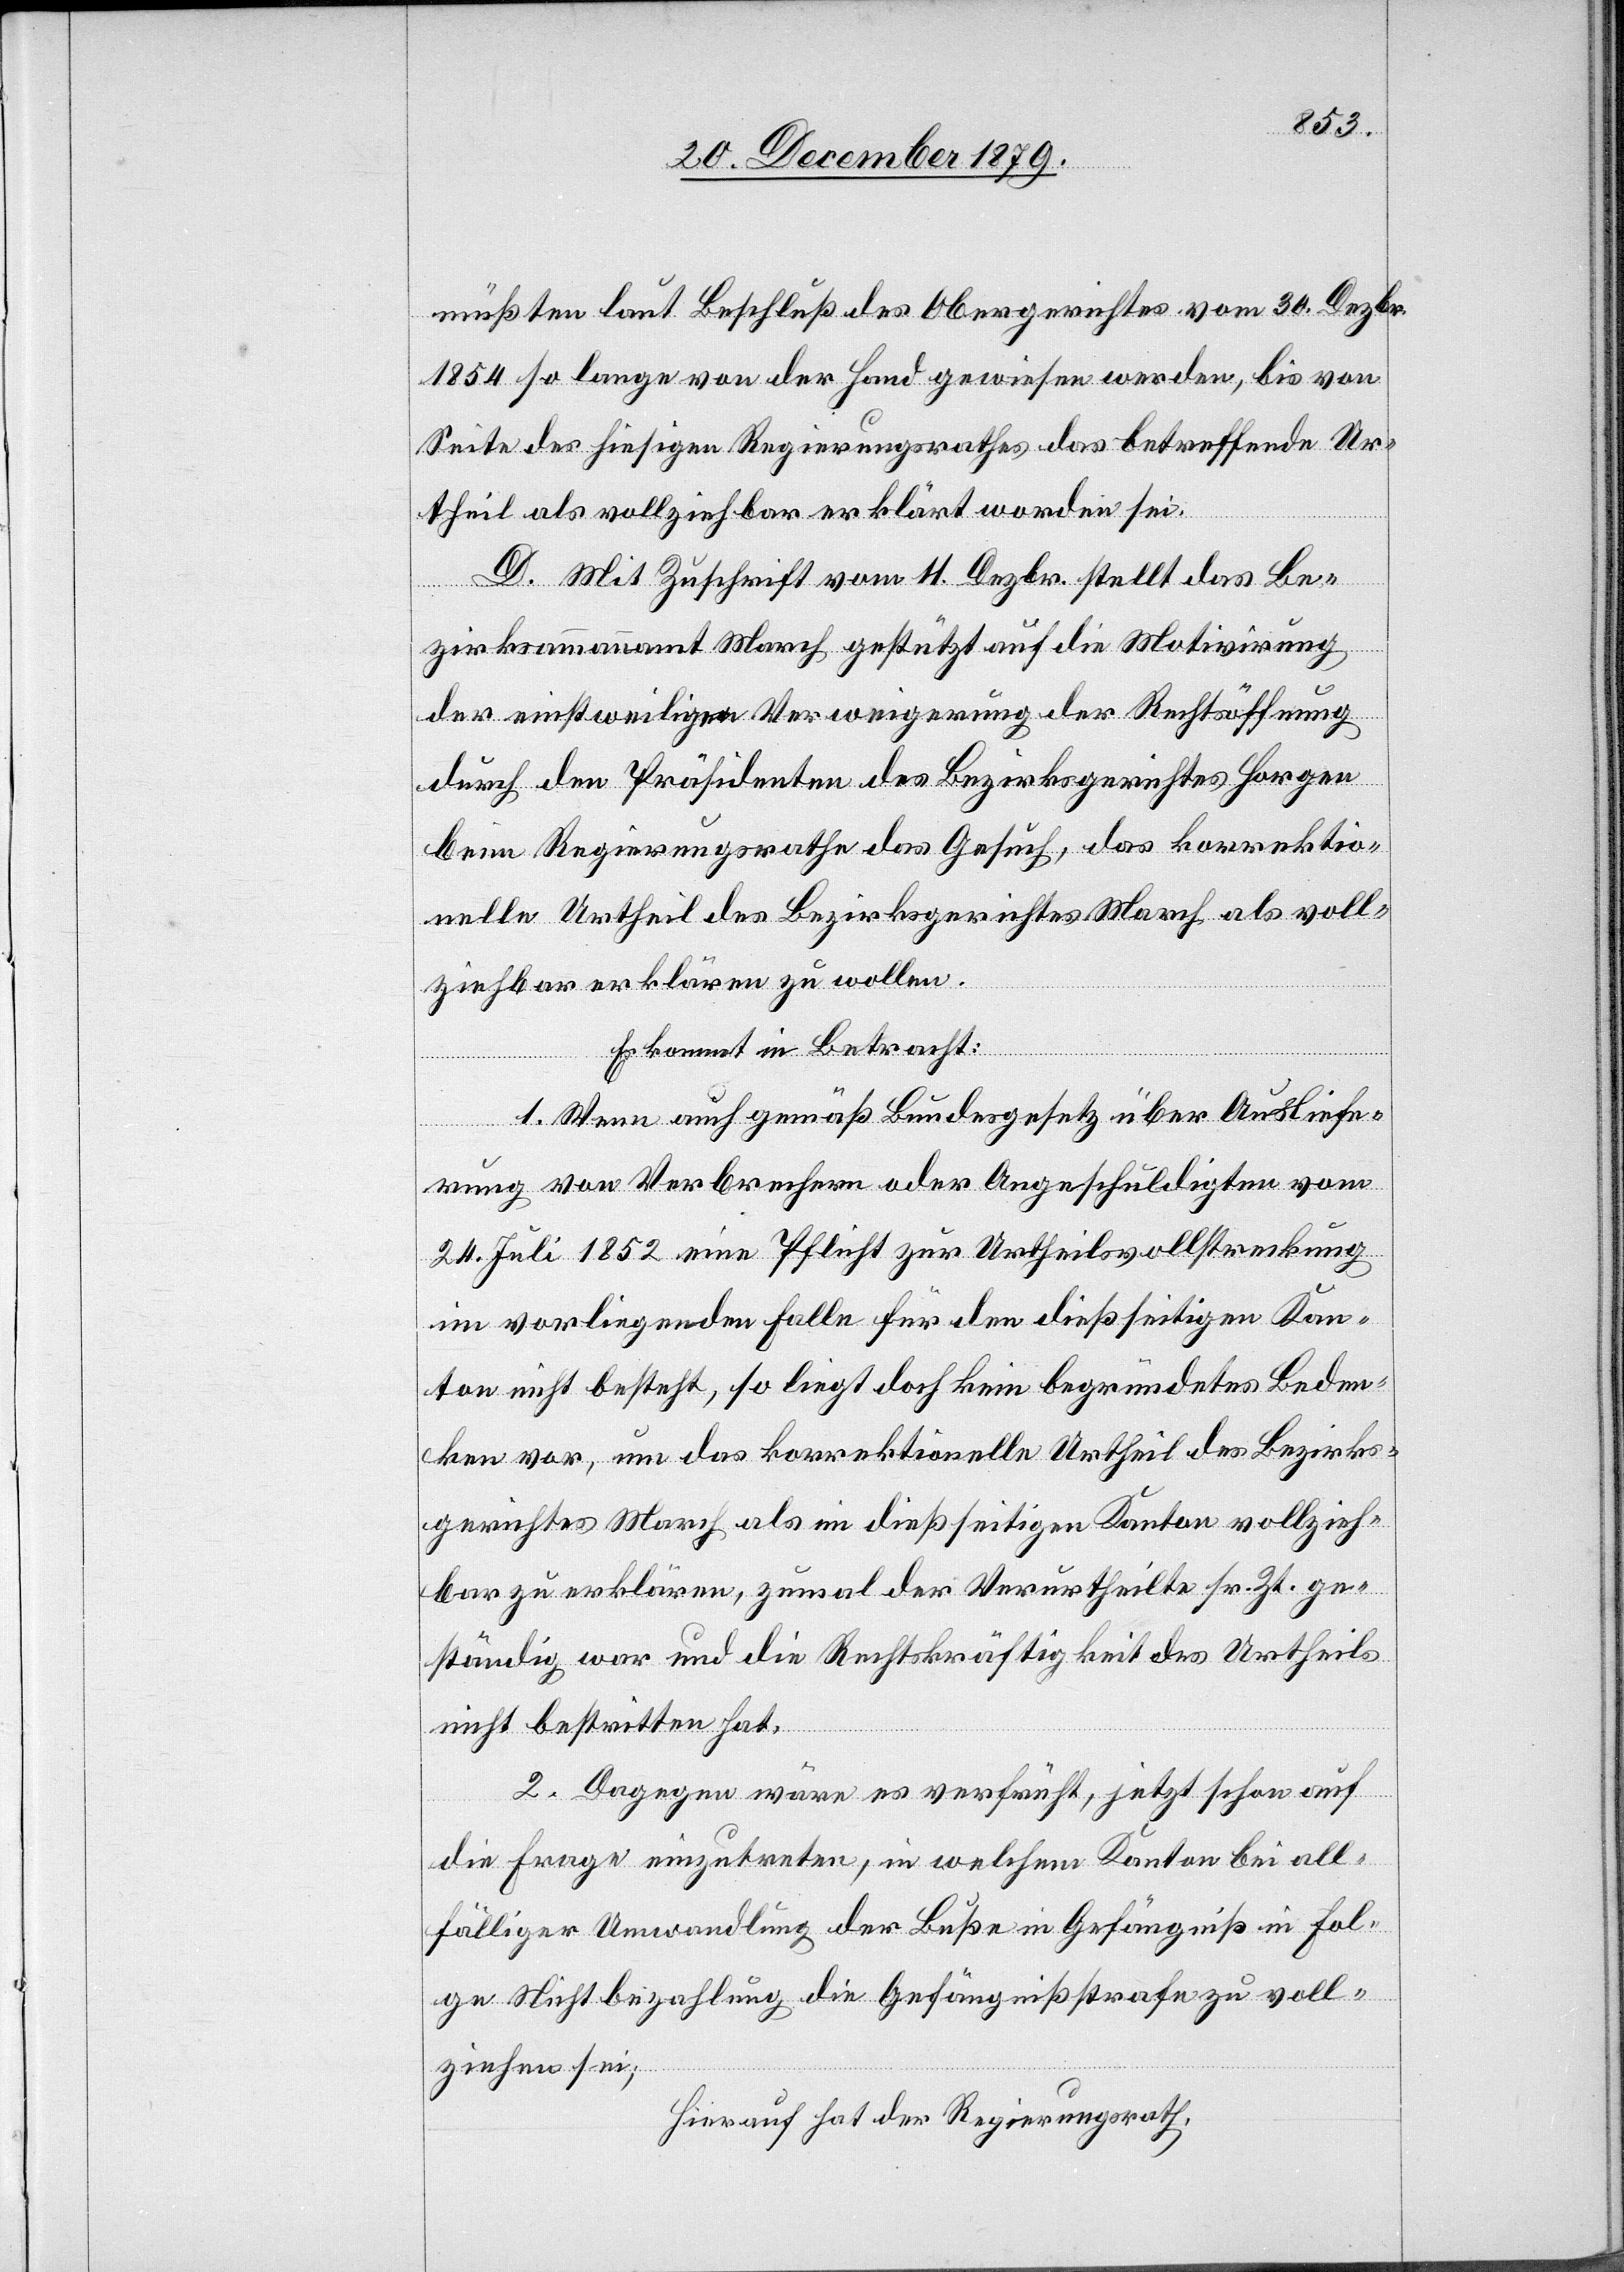
müßten laut Beschluß des Obergerichtes vom 30. Dezbr.
1854 so lange von der Hand gewiesen werden, bis von
Seite des hiesigen Regierungsrathes das betreffende Ur¬
theil als vollziehbar erklärt worden sei.
D. Mit Zuschrift vom 11. Dezbr. stellt das Be¬
zirksammannamt March gestützt auf die Motivirung
der einstweiligen Verweigerung der Rechtsöffnung
durch den Präsidenten des Bezirksgerichtes Horgen
beim Regierungsrathe das Gesuch, das korrektio¬
nelle Urtheil des Bezirksgerichtes March als voll¬
ziehbar erklären zu wollen.
Es kommt in Betracht:
1. Wenn auch gemäß Bundesgesetz über Ausliefe¬
rung von Verbrechern oder Angeschuldigten vom
24. Juli 1852 eine Pflicht zur Urtheilsvollstreckung
im vorliegenden Falle für den dießseitigen Kan¬
ton nicht besteht, so liegt doch kein begründetes Beden¬
ken vor, um das korrektionelle Urtheil des Bezirks¬
gerichtes March als im dießseitigen Kanton vollzieh¬
bar zu erklären, zumal der Verurtheilte sr. Zt. ge¬
ständig war und die Rechtskräftigkeit des Urtheils
nicht bestritten hat.
2. Dagegen wäre es verfrüht, jetzt schon auf
die Frage einzutreten, in welchem Kanton bei all¬
fälliger Umwandlung der Buße in Gefängniß in Fol¬
ge Nichtbezahlung die Gefängnißstrafe zu voll¬
ziehen sei;
hierauf hat der Regierungsrath,